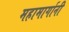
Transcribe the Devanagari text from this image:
महामार्गानी